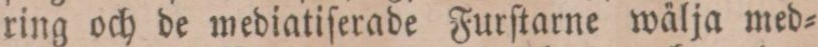
ring och de mediatiſerade Furſtarne wälja med=